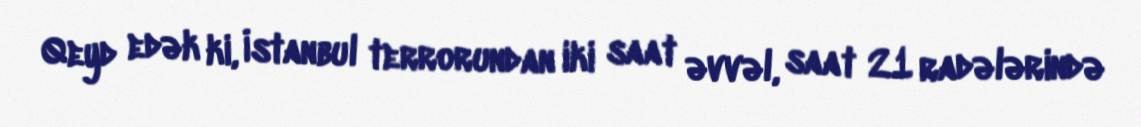
Qeyd edək ki, İstanbul terrorundan iki saat əvvəl, saat 21 radələrində